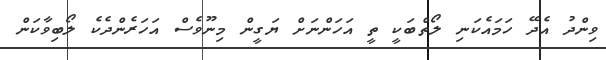
ވިންދު އެދޭ ހަމައެކަނި ލޯތްބަކީ ތީ އަހަންނަށް ޔަގީން މިނޫވެސް އަހަރެންދެކެ ލޯބިވާކަން